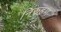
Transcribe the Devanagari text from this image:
निरूहण